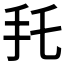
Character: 𢩷